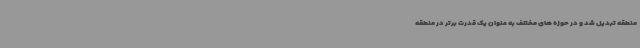
منطقه تبدیل شد و در حوزه های مختلف به عنوان یک قدرت برتر در منطقه